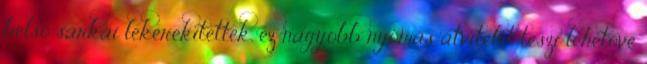
belső sarkai lekerekítettek, ez nagyobb nyomás átvitelét teszi lehetővé